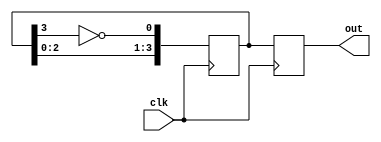
module johnson_counter (
    input wire clk,
    output reg [3:0] out
);

reg [3:0] q;

always @(posedge clk) begin
    q <= {q[2:0], ~q[3]};
    out <= q;
end

endmodule